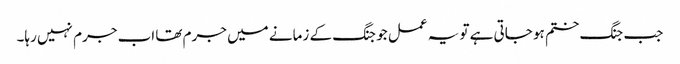
جب جنگ ختم ہو جاتی ہے تو یہ عمل جو جنگ کے زمانے میں جرم تھا اب جرم نہیں رہا۔